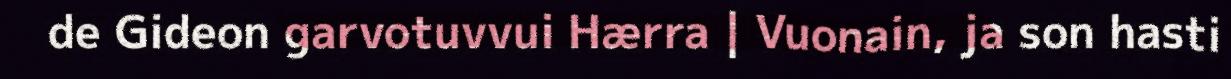
de Gideon garvotuvvui Hærra | Vuonain, ja son hasti